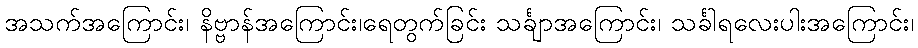
အသက်အကြောင်း၊ နိဗ္ဗာန်အကြောင်း၊ရေတွက်ခြင်း သင်္ချာအကြောင်း၊ သင်္ခါရလေးပါးအကြောင်း၊